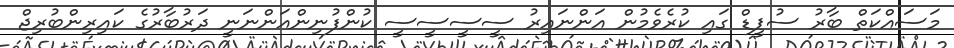
މަސައްކަތް ބާރު ސުޕީޑް ގައި ކުރެވެމުން އަންނައިރު ސީސީސީސީ ކުންފުނިންއަންނަނީ ދަރުބާރުގެ ކައިރިންބުރިޖް